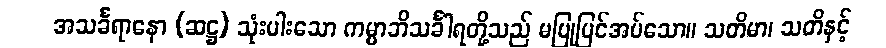
အသင်္ခရာနော (ဆဋ္ဌ) သုံးပါးသော ကမ္မာဘိသင်္ခါရတို့သည် မပြုပြင်အပ်သော။ သတိမာ၊ သတိနှင့်